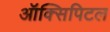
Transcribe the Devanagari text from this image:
ऑक्सिपिटल